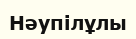
Нәупілұлы